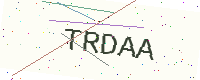
Text: TRDAA